Civil Veterinary Department. Madras. Admin. report 1910-25 - 1910-1925
Year: 1910
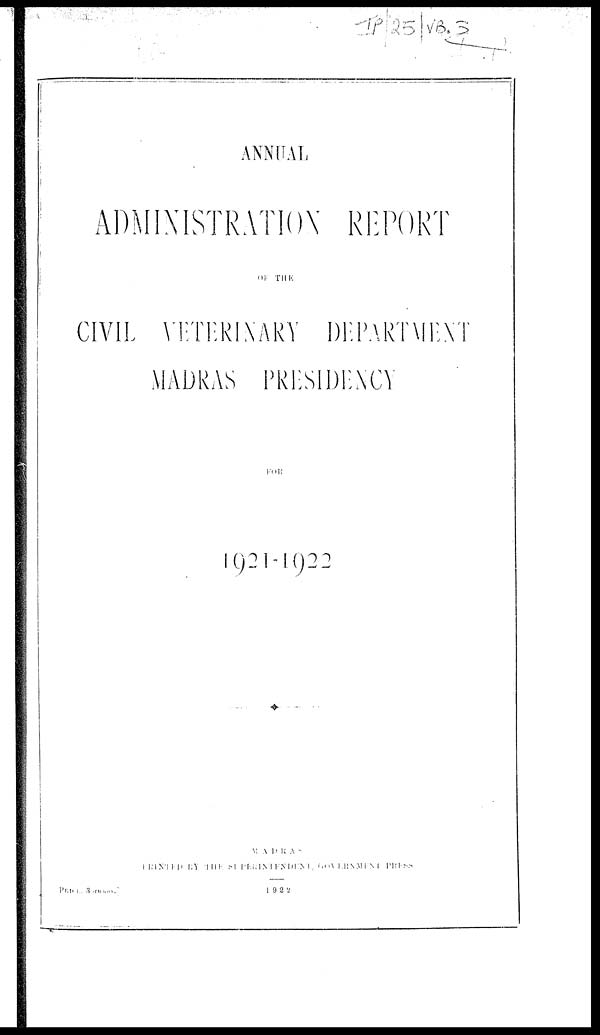
ANNUAL
ADMINISTRATION REPORT
OF
THE
CIVIL VETERINARY DEPARTMENT
MADRAS PRESIDENCY
FOR
1921-1922
MADRAS
PRINTED BY THE SUPERINTENDENT, GOVERNMENT PRESS
PRICE.
3
annas.
1922